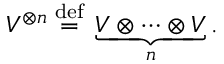
V ^ { \otimes n } \; { \overset { \mathrm { d e f } } { = } } \; \underbrace { V \otimes \cdots \otimes V } _ { n } .